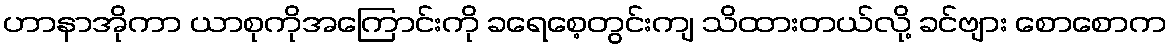
ဟာနာအိုကာ ယာစုကိုအကြောင်းကို ခရေစေ့တွင်းကျ သိထားတယ်လို့ ခင်ဗျား စောစောက